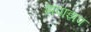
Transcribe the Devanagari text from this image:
झपाझप